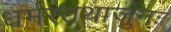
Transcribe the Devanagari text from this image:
धर्मस्तथार्जुनः